Annual report of the Camel Specialist
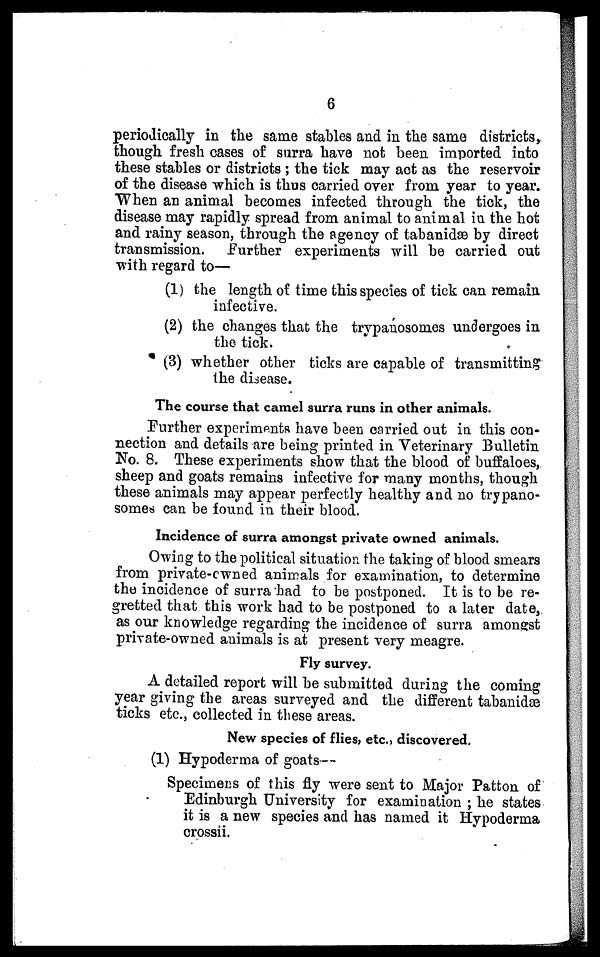
6
periodically in the same stables and in the same districts,
though fresh cases of surra have not been imported into
these stables or districts ; the tick may act as the reservoir
of the disease which is thus carried over from year to year.
When an animal becomes infected through the tick, the
disease may rapidly spread from animal to animal in the hot
and rainy season, through the agency of tabanidæ by direct
transmission.
Further experiments will be carried out
with regard to—
(1) the length of time this species of tick can remain
infective.
(2) the changes that the trypanosomes undergoes in
the tick.
(3) whether other ticks are capable of transmitting
the disease.
The course that camel surra runs in other animals.
Further experiments have been carried out in this con-
nection and details are being printed in Veterinary Bulletin
No. 8. These experiments show that the blood of buffaloes,
sheep and goats remains infective for many months, though
these animals may appear perfectly healthy and no trypano-
somes can be found in their blood.
Incidence of surra amongst private owned animals.
Owing to the political situation the taking of blood smears
from private-owned animals for examination, to determine
the incidence of surra had to be postponed. It is to be re-
gretted that this work had to be postponed to a later date,
as our knowledge regarding the incidence of surra amongst
private-owned animals is at present very meagre.
Fly survey.
A detailed report will be submitted during the coming
year giving the areas surveyed and the different tabanidæ
ticks etc., collected in these areas.
New species of flies, etc., discovered.
(1) Hypoderma of goats—
Specimens of this fly were sent to Major Patton of
Edinburgh University for examination ; he states
it is a new species and has named it Hypoderma
crossii.